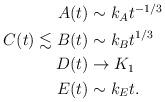
LaTeX: \begin{align*}\begin{aligned}A(t)&\sim k_At^{-1/3}\\C(t)\lesssim B(t)&\sim k_Bt^{1/3}\\D(t)&\rightarrow K_1\\E(t)&\sim k_Et.\end{aligned}\end{align*}